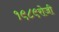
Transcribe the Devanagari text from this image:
१९८९रोजी